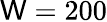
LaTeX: \mathsf{W}=200